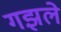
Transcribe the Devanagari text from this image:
गझले